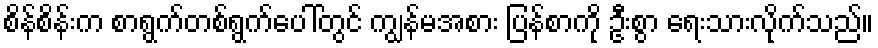
စိန်စိန်းက စာရွက်တစ်ရွက်ပေါ်တွင် ကျွန်မအစား ပြန်စာကို ဦးစွာ ရေးသားလိုက်သည်။